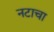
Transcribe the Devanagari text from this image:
नटाचा